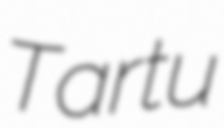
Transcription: Tartu